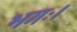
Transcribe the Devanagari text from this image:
भगः।